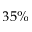
3 5 \%